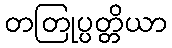
တတြုပ္ပတ္တိယာ